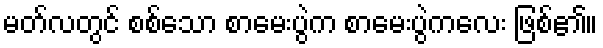
မတ်လတွင် စစ်သော စာမေးပွဲက စာမေးပွဲကလေး ဖြစ်၏။